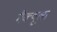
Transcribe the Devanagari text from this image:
मैक्‍यूला